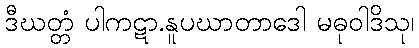
ဒီဃတ္တံ ပါကဋာ.နူပဃာတာဒေါ မဓုဝါဒိသု၊